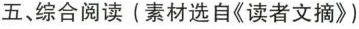
五、综合阅读(素材选自《读者文摘》)